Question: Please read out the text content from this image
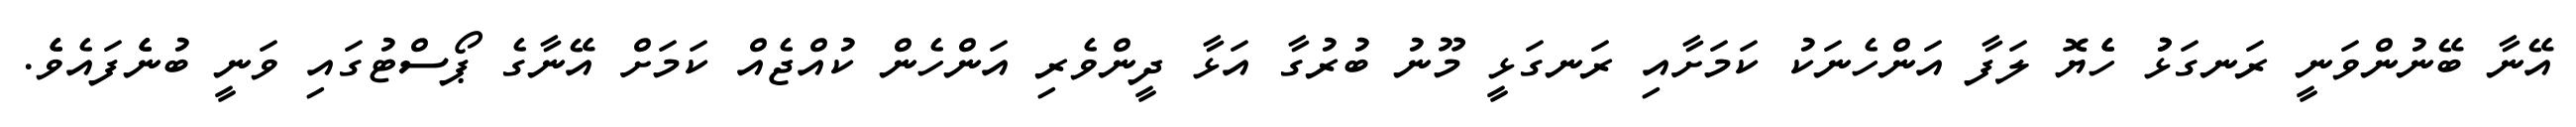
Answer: އޭނާ ބޭނުންވަނީ ރަނގަޅުު ހެެޔޮ ލަފާ އަންހެނަކު ކަމަށާއި ރަނގަޅީ މޫނު ބުރުގާ އަޅާ ދީންވެރި އަންހެން ކުއްޖެއް ކަމަށް އޭނާގެ ޕޯސްޓުގައި ވަނީ ބުނެެފައެވެެ.